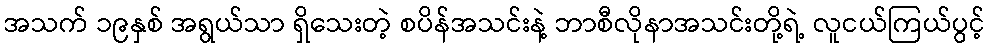
အသက် ၁၉နှစ် အရွယ်သာ ရှိသေးတဲ့ စပိန်အသင်းနဲ့ ဘာစီလိုနာအသင်းတို့ရဲ့ လူငယ်ကြယ်ပွင့်